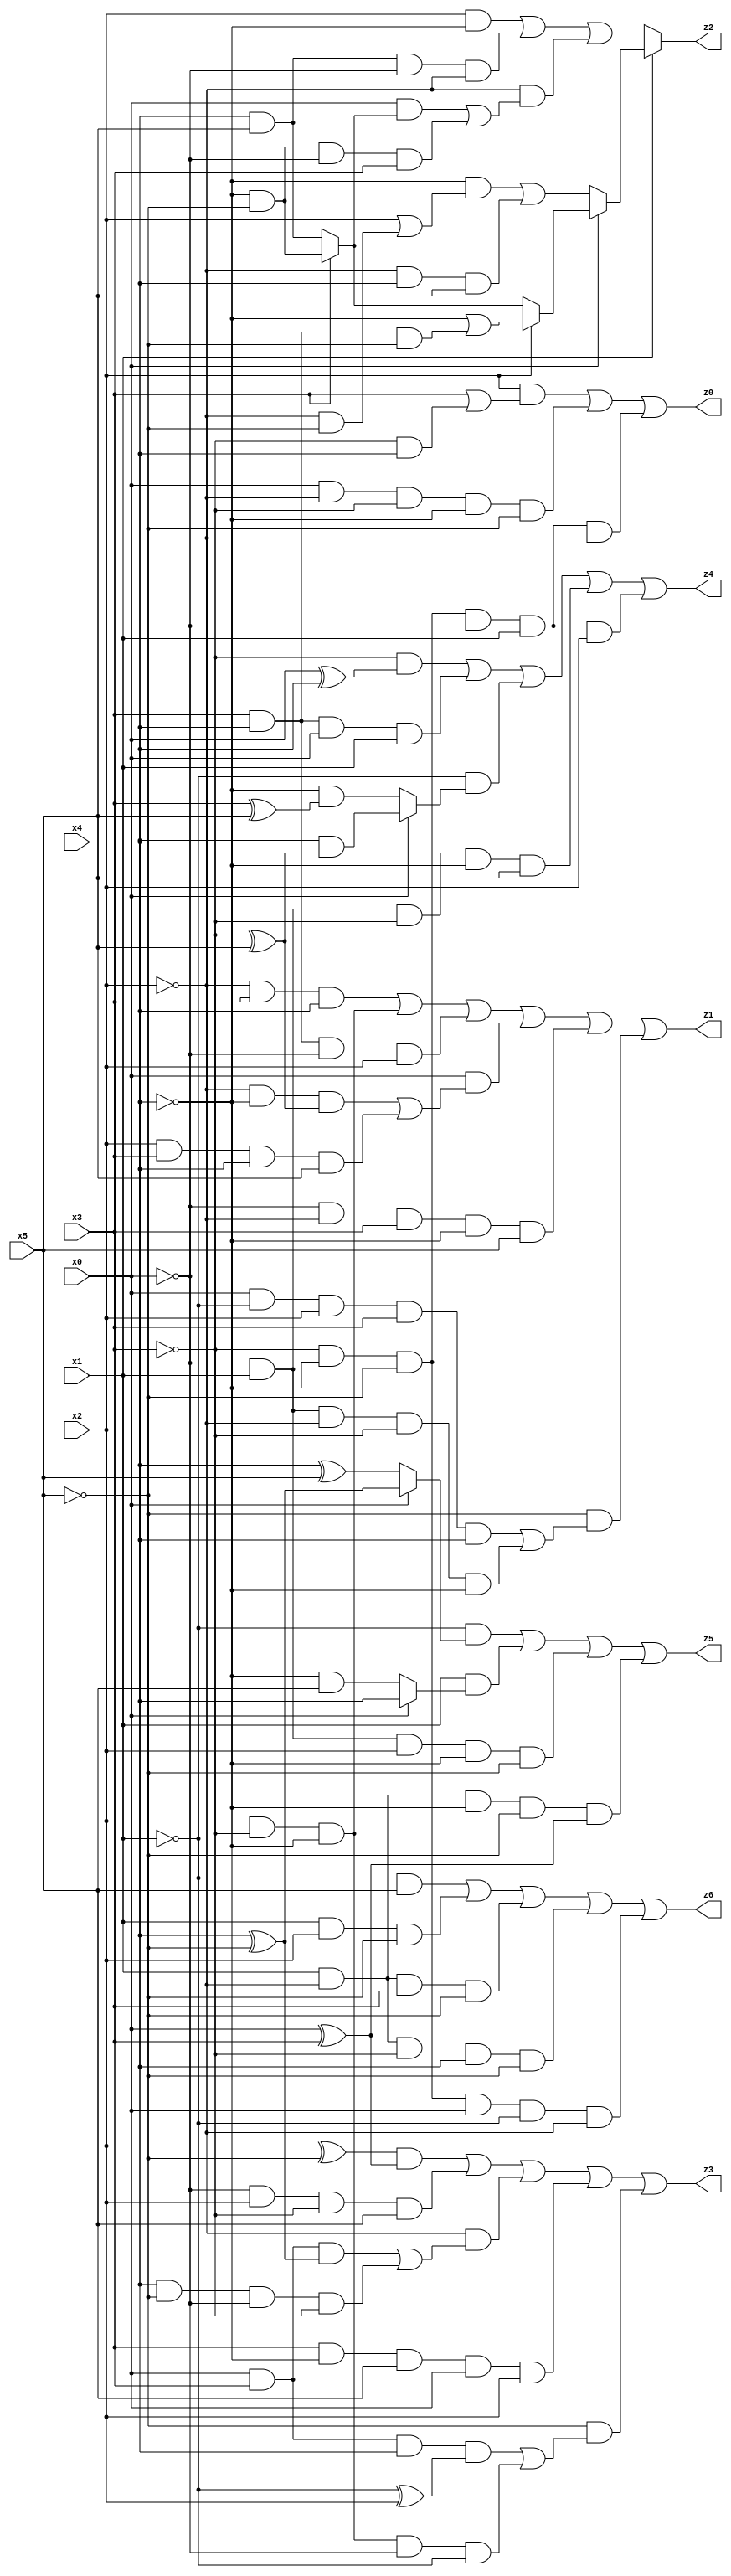
// Benchmark "X_12" written by ABC on Wed Jun 07 16:16:15 2023

module X_54 ( 
    x0, x1, x2, x3, x4, x5,
    z0, z1, z2, z3, z4, z5, z6  );
  input  x0, x1, x2, x3, x4, x5;
  output z0, z1, z2, z3, z4, z5, z6;
  assign z0 = (x2 & (x3 | (~x3 & x4))) | (x0 & ~x2 & ~x3 & ~x4 & ~x5) | (~x3 & ~x4 & ~x5 & ~x0 & x1 & ~x2);
  assign z1 = (~x2 & x3 & x4) | (x2 & ~x3 & ~x4) | (x3 & x4 & ~x0 & x2) | (x0 & ((~x2 & ~x4 & (~x3 ^ x5)) | (x2 & x3 & x4 & x5))) | (~x0 & ~x2 & x3 & ~x4 & x5) | (~x5 & ((x0 & ~x1 & x2 & x3 & x4) | (~x0 & x1 & ~x2 & ~x3 & ~x4)));
  assign z2 = x1 ? (x0 ? (x2 ? (~x4 | (x3 & x4 & ~x5)) : (x3 ? (~x4 & ~x5) : (x4 & x5))) : ((~x4 & (x2 | (~x2 & ~x5))) | (~x2 & x4 & x5))) : ((x2 & ~x4) | (x4 & x5 & ~x0 & ~x2) | (~x2 & ((x0 & (x3 ? (~x4 & ~x5) : (x4 & x5))) | (~x4 & ~x5 & ~x0 & x3))));
  assign z3 = ((x2 ^ ~x5) & (x0 ^ x3)) | (~x0 & x2 & ~x3 & x5) | (~x2 & ((x0 & x3 & (x4 ^ ~x5)) | (x4 & ~x5 & ~x0 & ~x3))) | (x3 & ~x4 & x5 & x0 & x2) | (~x5 & ((x0 & x3 & x4 & (~x1 ^ x2)) | (x2 & ~x3 & ~x4 & ~x0 & ~x1)));
  assign z4 = (~x3 & (x0 ^ x4)) | (x3 & x4 & x0 & x1) | (~x1 & (x0 ? (x4 & (~x3 ^ x5)) : (~x4 & (x3 ^ x5)))) | (~x0 & x1 & ~x3 & ~x4 & x5) | (~x3 & ~x4 & ~x5 & ~x0 & x1 & x2);
  assign z5 = (~x1 & (x0 ? (x4 ^ ~x5) : (x4 ^ x5))) | (x1 & (x0 ? x4 : (~x4 & x5))) | (~x0 & x1 & x2 & ~x4 & ~x5) | (x1 & ~x2 & ~x4 & ~x5 & (x0 ^ x3));
  assign z6 = (~x1 & x5) | (x1 & x2 & ~x5) | (x1 & ~x2 & x3 & ~x5) | (x1 & ~x2 & ~x3 & x4 & ~x5) | (~x3 & ~x4 & ~x5 & x0 & ~x1 & ~x2);
endmodule